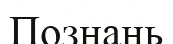
Познань